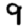
Digit: 9